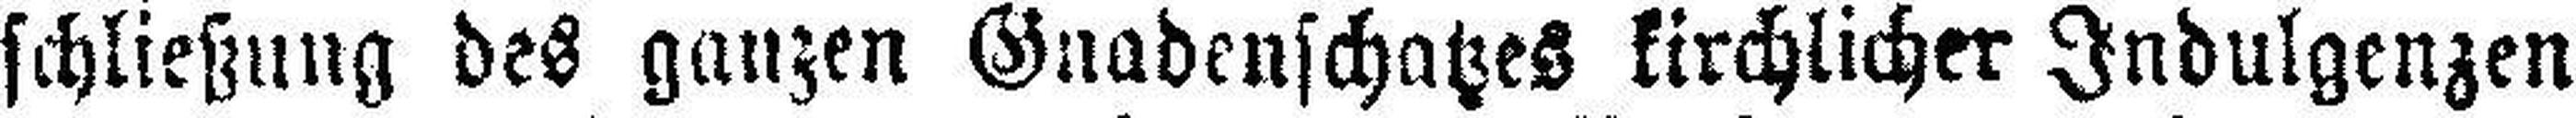
schließung des ganzen Gnadenschatzes kirchlicher Indulgenzen